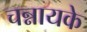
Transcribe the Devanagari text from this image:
चन्नायके